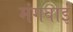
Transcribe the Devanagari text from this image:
मंगवाईं